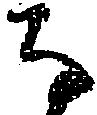
な